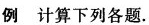
例 计算下列各题.